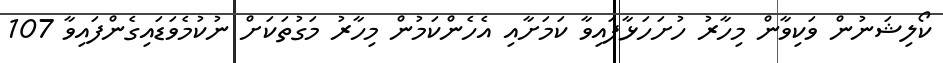
ކޯލިޝަނުން ވަކިވާން މިހާރު ހުށަހަޅާފައިވާ ކަމަށާއި އެހެންކަމުން މިހާރު މަގުތަކަށް ނުކުމެވަޑައިގެންފައިވާ 107